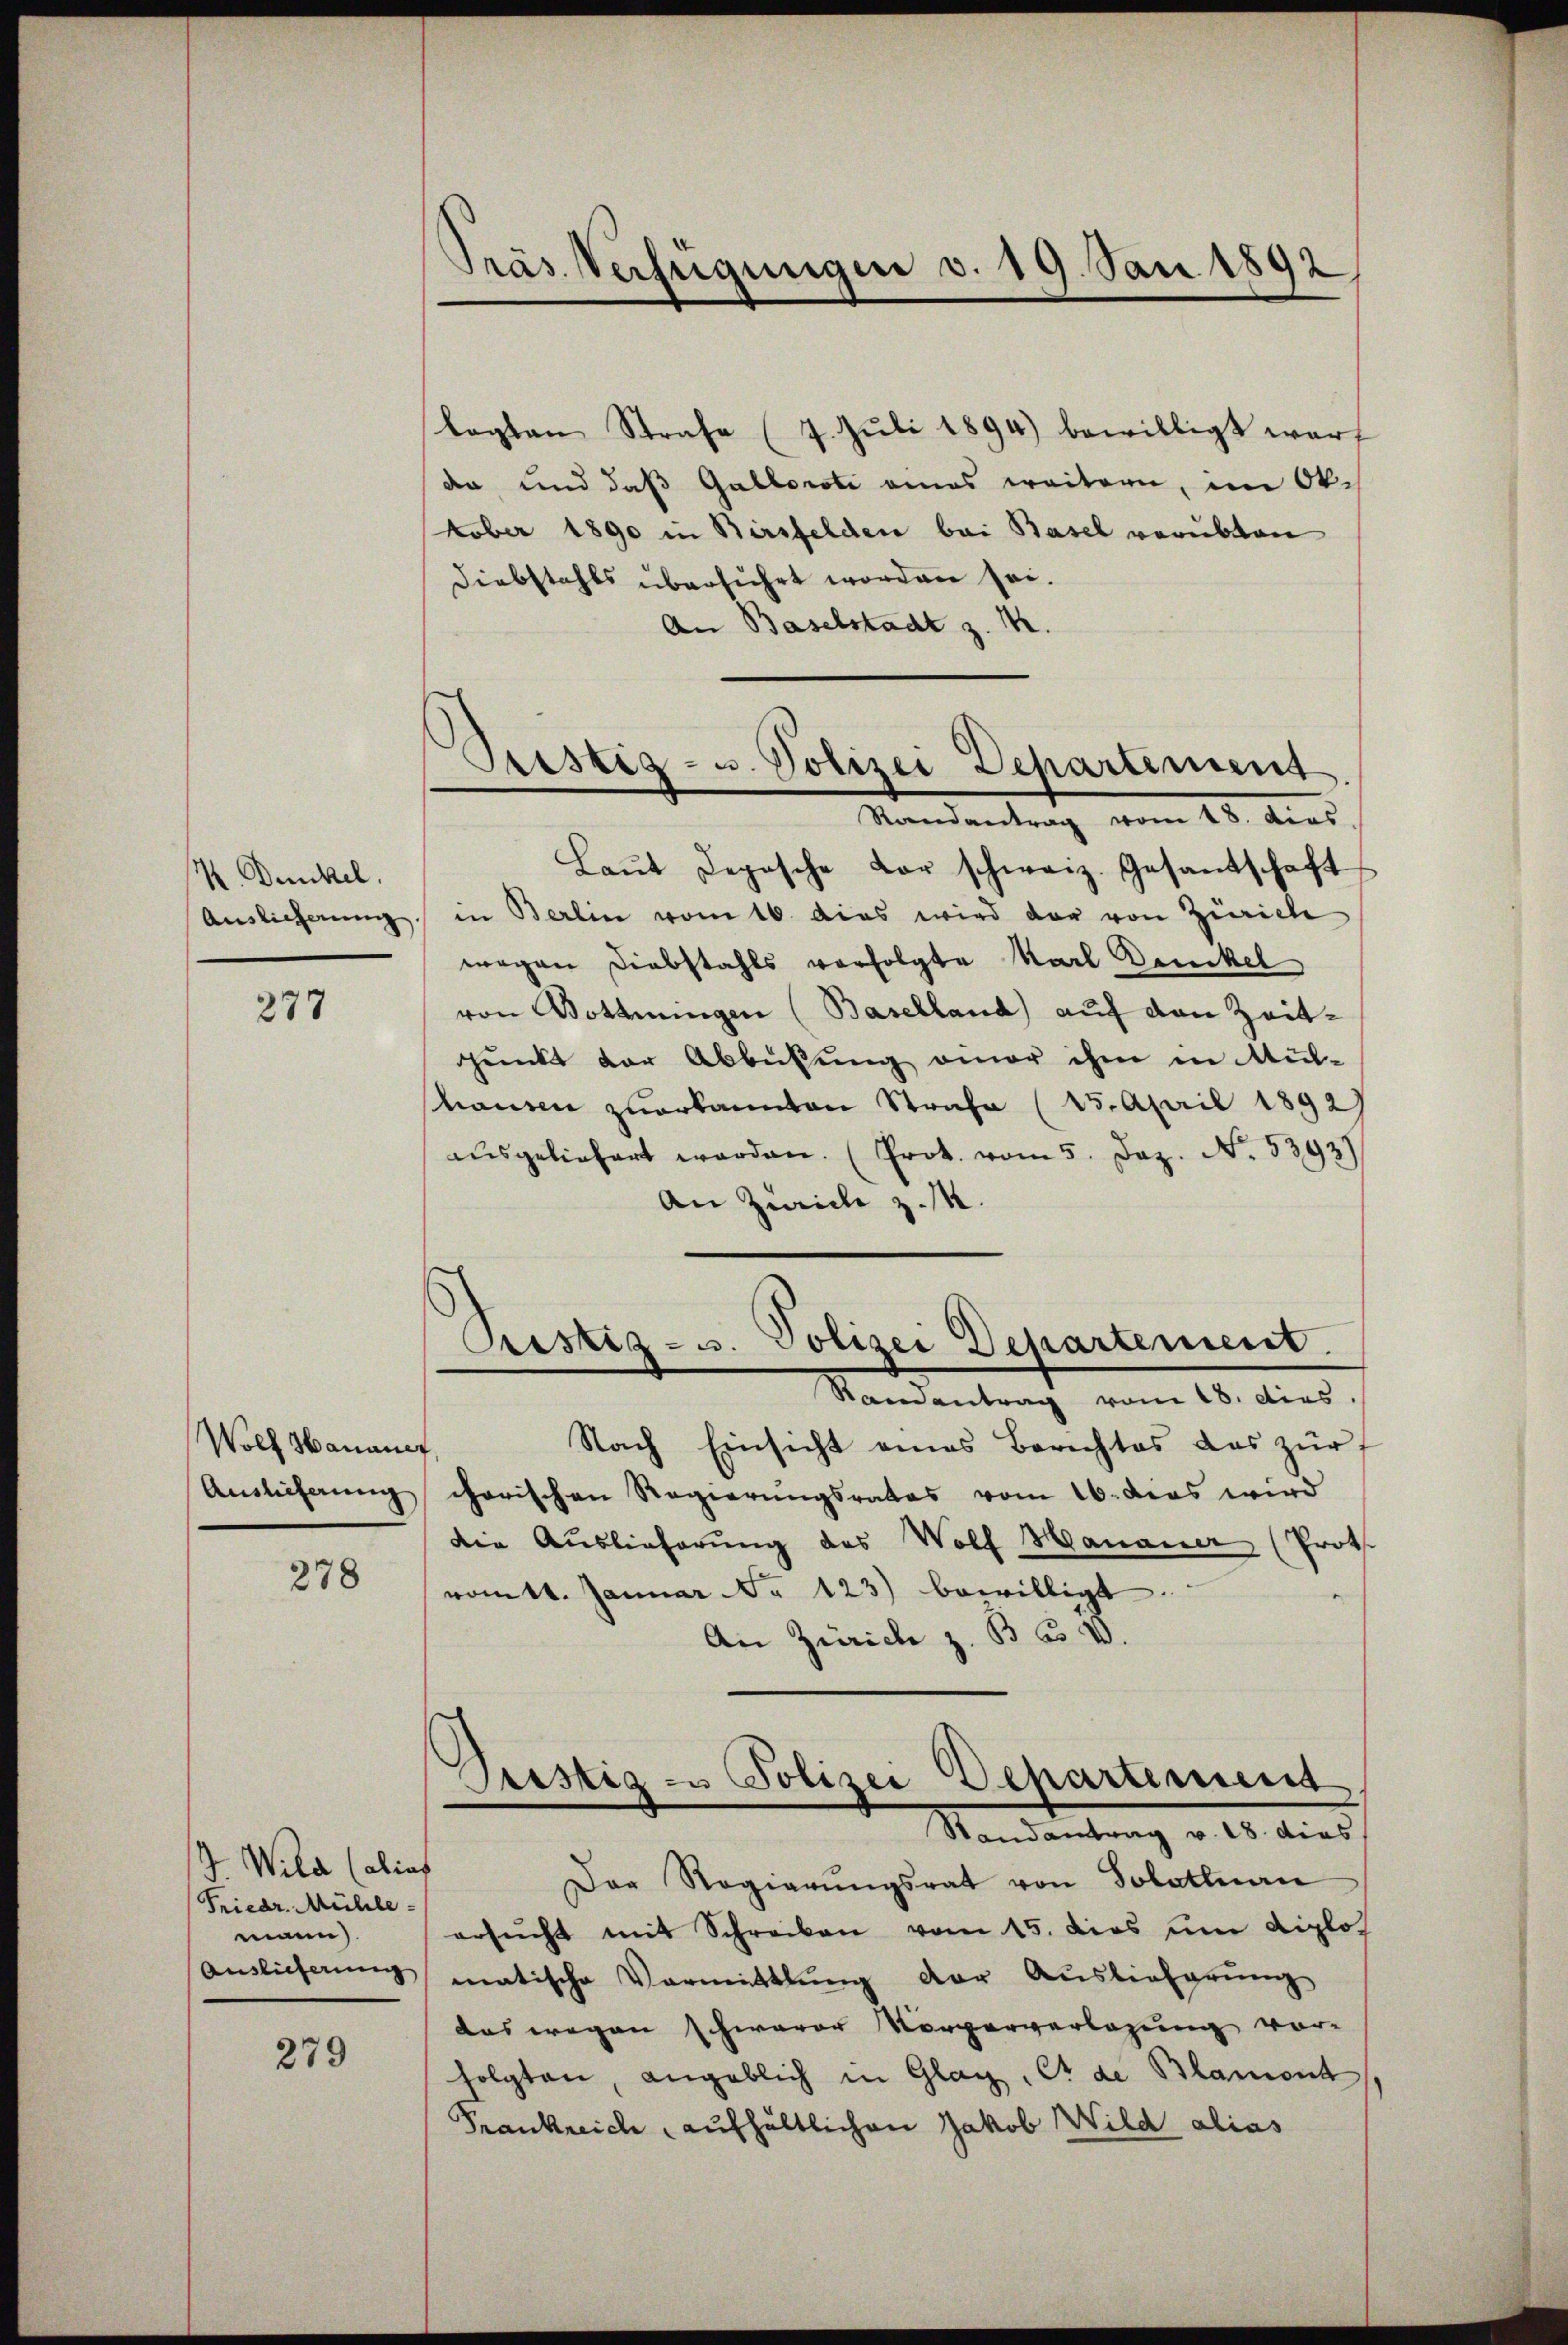
K Dunkel.
Auslieferung.

277

Wolf Hananer
Auslieferung

278

J. Wila (alias
Friedr. Mühle-
mann).
Auslieferung

279

Präs. Verfügungen v. 19. Jan. 1892,

Sistiz- u. Polizei Departement
Randantrag vom 18. dies

lagten Strafe (7. Juli 1894) bewilligt warf
da und daß Gallorati eines weitern, im Ok.
tober 1890 in Birsfelden bei Basel verübten
Diebstahls überführt worden sei.
An Baselstadt z. M.
Laŭt Depesche der schweiz. Gesandschaft
in Berlin vom 16. das wird der von Zürich
wegen Diebstahls verfolgte Karl Druckel
von Dottingen (Baselland) auf den Zeituunkt der Abbüßung einer ihm in Mülhausen zuerkannten Strafe (15. April 18927
aŭsgeliefert werden. (Prot. vom 5. Dez. No. 5393)
An Zwicke z. M.
Pustiz- u. Polizei Departement.
Randantrag vom 18. dies
Nach Einsicht eines Berichtes das zürf
charischen Regierungsrates vom 16. das wird
die Auslieferung des Wolf Hanauer (Proth
vom 14. Januar No 123) bewilligt
An Zürich z. B. u. V.
Pristig - Polizei Departement
Randantrag v. 18. dies
Der Regierŭngsrat von Tolatluan
ersŭcht mit Schreiben vom 15. dies um diplos
matische Vormittlung der Auslieferŭng
das wegen schwerer Vorgerverlesung vor-
folgten, angeblich in Glag, et de Blament
Frankreich, aufhältlichen Jakob Wild alias